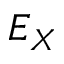
E _ { X }